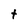
Character: t